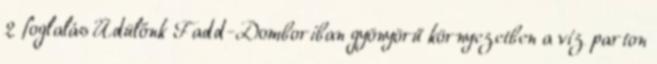
2 foglalás Üdülőnk Fadd-Domboriban gyönyörű környezetben a víz parton